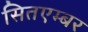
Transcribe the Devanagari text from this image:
सितएम्बर